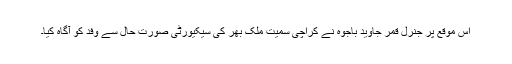
اس موقع پر جنرل قمر جاوید باجوہ نے کراچی سمیت ملک بھر کی سیکیورٹی صورت حال سے وفد کو آگاہ کیا۔